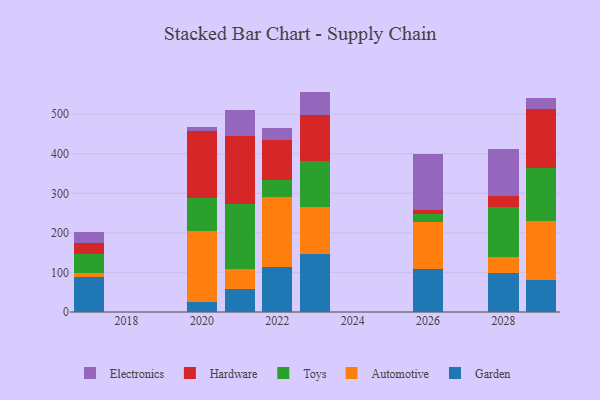
{"axis": {"x": "Year", "y": "Population (Million)"}, "legend": ["Automotive", "Electronics", "Garden", "Hardware", "Toys"], "data": [{"x": "2028", "y": 99.0, "type": "Garden"}, {"x": "2028", "y": 39.4, "type": "Automotive"}, {"x": "2028", "y": 127.3, "type": "Toys"}, {"x": "2028", "y": 28.2, "type": "Hardware"}, {"x": "2028", "y": 118.2, "type": "Electronics"}, {"x": "2020", "y": 25.5, "type": "Garden"}, {"x": "2020", "y": 179.4, "type": "Automotive"}, {"x": "2020", "y": 83.4, "type": "Toys"}, {"x": "2020", "y": 169.3, "type": "Hardware"}, {"x": "2020", "y": 10.1, "type": "Electronics"}, {"x": "2017", "y": 88.7, "type": "Garden"}, {"x": "2017", "y": 8.7, "type": "Automotive"}, {"x": "2017", "y": 49.4, "type": "Toys"}, {"x": "2017", "y": 28.4, "type": "Hardware"}, {"x": "2017", "y": 26.4, "type": "Electronics"}, {"x": "2022", "y": 112.6, "type": "Garden"}, {"x": "2022", "y": 178.7, "type": "Automotive"}, {"x": "2022", "y": 41.2, "type": "Toys"}, {"x": "2022", "y": 103.5, "type": "Hardware"}, {"x": "2022", "y": 28.1, "type": "Electronics"}, {"x": "2021", "y": 57.7, "type": "Garden"}, {"x": "2021", "y": 51.3, "type": "Automotive"}, {"x": "2021", "y": 164.1, "type": "Toys"}, {"x": "2021", "y": 170.8, "type": "Hardware"}, {"x": "2021", "y": 66.9, "type": "Electronics"}, {"x": "2026", "y": 107.9, "type": "Garden"}, {"x": "2026", "y": 119.4, "type": "Automotive"}, {"x": "2026", "y": 20.4, "type": "Toys"}, {"x": "2026", "y": 10.2, "type": "Hardware"}, {"x": "2026", "y": 140.7, "type": "Electronics"}, {"x": "2029", "y": 82.0, "type": "Garden"}, {"x": "2029", "y": 147.8, "type": "Automotive"}, {"x": "2029", "y": 133.8, "type": "Toys"}, {"x": "2029", "y": 150.5, "type": "Hardware"}, {"x": "2029", "y": 26.4, "type": "Electronics"}, {"x": "2023", "y": 145.7, "type": "Garden"}, {"x": "2023", "y": 119.8, "type": "Automotive"}, {"x": "2023", "y": 115.6, "type": "Toys"}, {"x": "2023", "y": 117.7, "type": "Hardware"}, {"x": "2023", "y": 58.3, "type": "Electronics"}]}